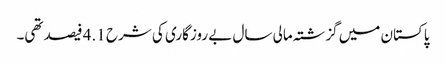
پاکستان میں گزشتہ مالی سال بے روزگاری کی شرح 4.1 فیصد تھی۔